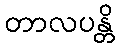
တာလပန္တိ